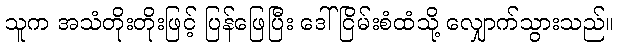
သူက အသံတိုးတိုးဖြင့် ပြန်ဖြေပြီး ဒေါ်ငြိမ်းစံထံသို့ လျှောက်သွားသည်။